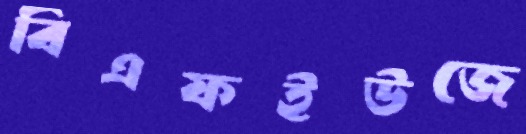
বিএফইউজে